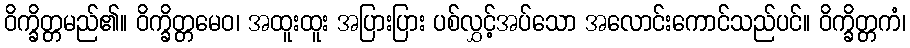
ဝိက္ခိတ္တမည်၏။ ဝိက္ခိတ္တမေဝ၊ အထူးထူး အပြားပြား ပစ်လွှင့်အပ်သော အလောင်းကောင်သည်ပင်။ ဝိက္ခိတ္တကံ၊